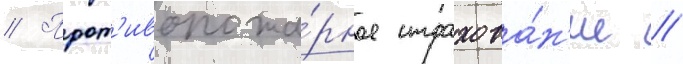
// Прот'ивопожа́рное страхова́н'ие //